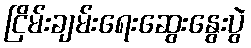
ငြိမ်းချမ်းရေးဆွေးနွေးပွဲ